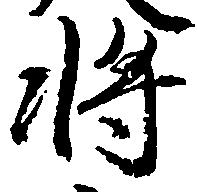
将